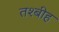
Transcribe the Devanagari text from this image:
तश्बीह